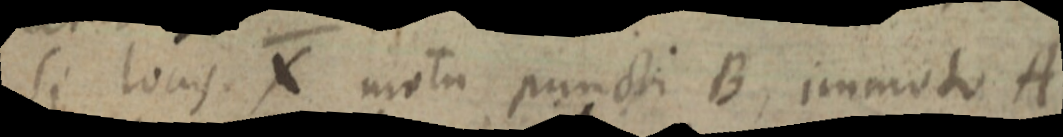
Si locus. X motu puncti B, immoto A